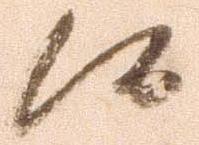
候